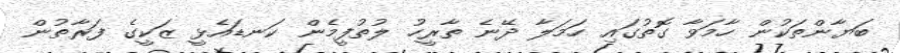
ބަޔާންތަކުން ހާމަވާ ގޮތުގައި ހަމަލާ ދޭނެ ތާރީހު ލުތުފީމެން ކަނޑައެޅީ ޒަކީގެ ފަރާތުން